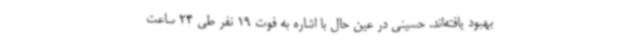
بهبود یافته‌اند. حسینی در عین حال با اشاره به فوت 19 نفر طی 24 ساعت